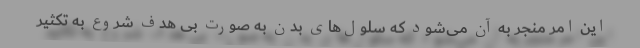
این امر منجر به آن می‌شود که سلول‌های بدن به صورت بی هدف شروع به تکثیر